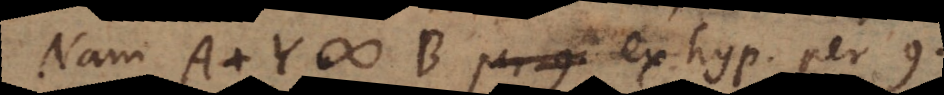
Nam A + Y # B ex hyp. per 9,